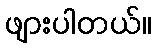
ဖျားပါတယ်။